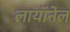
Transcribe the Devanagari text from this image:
लायॉनेल